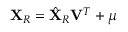
\mathbf { X } _ { R } = \hat { \mathbf { X } } _ { R } \mathbf { V } ^ { T } + \boldsymbol { \mu }